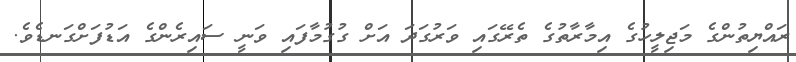
ރައްޔިތުންގެ މަޖިލީހުގެ އިމާރާތުގެ ތެރޭގައި ވަރުގަދަ އަށް ގުގުމާފައި ވަނީ ސައިރެންގެ އަޑުފަށްގަނޑެވެ.